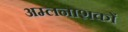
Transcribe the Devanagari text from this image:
अम्लनाशकों